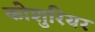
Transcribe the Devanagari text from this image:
कोशुरियर